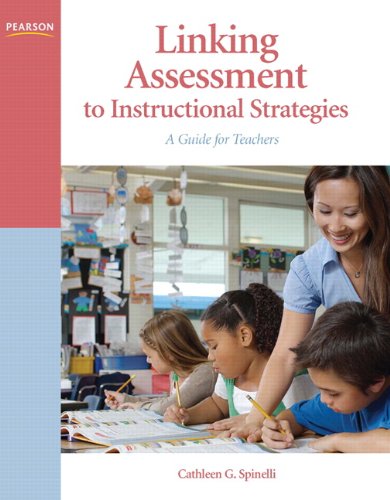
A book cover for Linking Assessment to Instructional Strategies: A Guide for Teachers; Cathleen G. Spinelli; Computers & Technology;